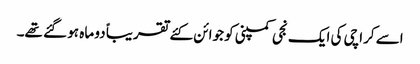
اسے کراچی کی ایک نجی کمپنی کو جوائن کئے تقریباً دو ماہ ہو گئے تھے۔